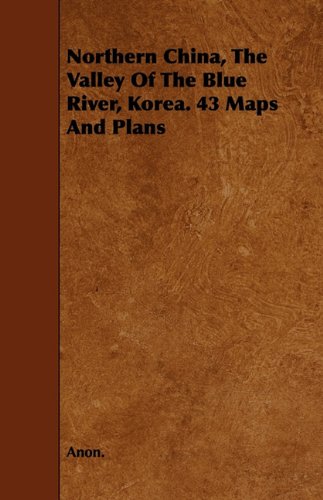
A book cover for Northern China, The Valley Of The Blue River, Korea. 43 Maps And Plans; Anon.; Travel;